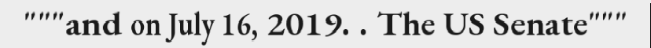
"""and on July 16, 2019. . The US Senate"""